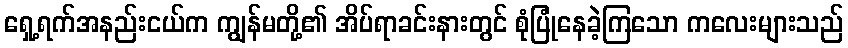
ရှေ့ရက်အနည်းငယ်က ကျွန်မတို့၏ အိပ်ရာခင်းနားတွင် စုံပြုံနေခဲ့ကြသော ကလေးများသည်